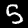
Digit: 5